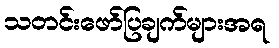
သတင်းဖော်ပြချက်များအရ